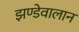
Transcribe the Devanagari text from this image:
झण्डेवालान